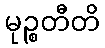
မုဉ္စတီတိ